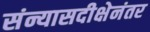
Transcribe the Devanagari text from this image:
संन्यासदीक्षेनंतर